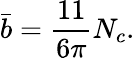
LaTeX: \bar{b}=\frac{11}{6\pi}N_{c}.